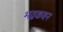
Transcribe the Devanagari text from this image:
भद्रकवन